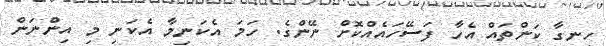
ހިނގާ ކަންތައް އެހާ ފަސޭހައެއްކޮށް ނޭންގެ. ހަމަ އެކަނިމާ އެކަނި މި އިންނަން